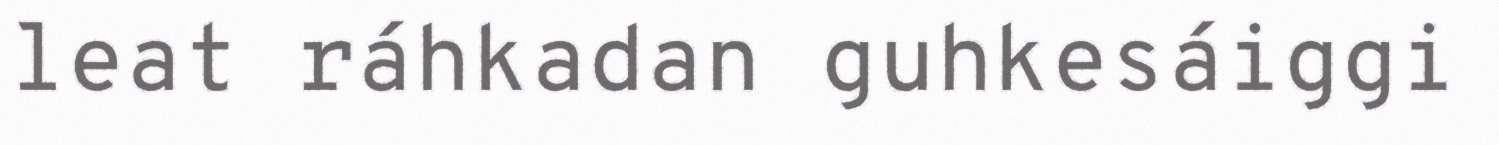
leat ráhkadan guhkesáiggi